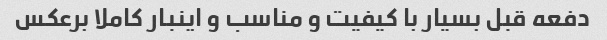
دفعه قبل بسیار با کیفیت و مناسب و اینبار کاملا برعکس